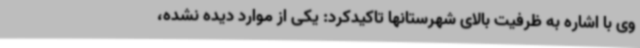
وی با اشاره به ظرفیت بالای شهرستانها تاکیدکرد: یکی از موارد دیده نشده،